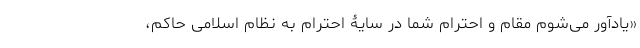
«یادآور می‌شوم مقام و احترام شما در سایۀ احترام به نظام اسلامی حاکم،